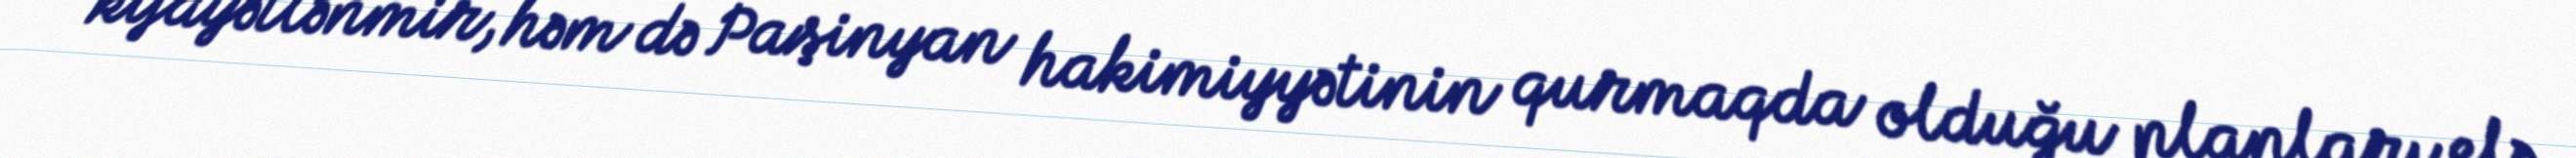
kifayətlənmir, həm də Paşinyan hakimiyyətinin qurmaqda olduğu planları elə